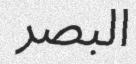
البصر